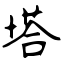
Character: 塔